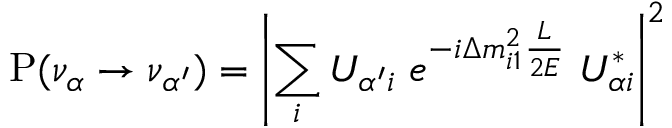
\mathrm { P } ( \nu _ { \alpha } \to \nu _ { \alpha ^ { \prime } } ) = \left| \sum _ { i } U _ { { \alpha ^ { \prime } } i } \; e ^ { - i \Delta m _ { i 1 } ^ { 2 } \frac { L } { 2 E } } \; U _ { { \alpha } i } ^ { * } \right| ^ { 2 }